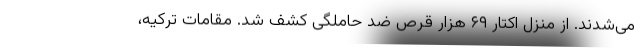
می‌شدند. از منزل اکتار ۶۹ هزار قرص ضد حاملگی کشف شد. مقامات ترکیه،